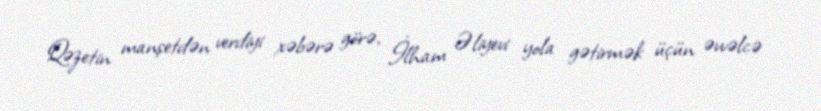
Qəzetin manşetdən verdiyi xəbərə görə, İlham Əliyevi yola gətirmək üçün əvvəlcə